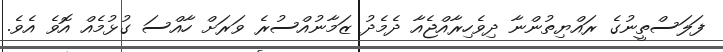
ފަލަސްތީނުގެ ރައްޔިތުންނާ ދިވެހިރާއްޖެއާ ދެމެދު ޒަމާނުއްސުރެ ވަރަށް ހާއްސަ ގުޅުމެއް އޮވެ އެވެ.